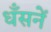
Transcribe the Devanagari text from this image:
धँसनें